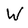
Character: W